Annual report of the Punjab Veterinary College and of the Civil Veterinary Department, Punjab - 1926-1932
Year: 1926
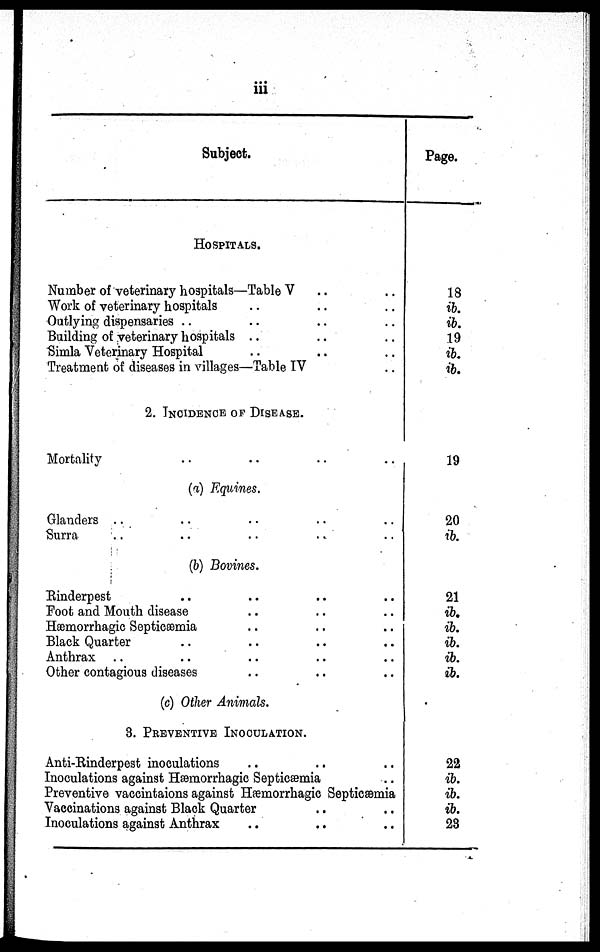
iii
Subject.
HOSPITALS.
Number of veterinary hospitals—Table V .. .. ..
Work of veterinary hospitals .. .. .. .. ..
Outlying dispensaries .. .. .. .. ..
Building of veterinary hospitals .. .. .. .. ..
Simla Veterinary Hospital .. .. .. .. ..
Treatment of diseases in villages—Table IV ..
2. INCIDENCE OF DISEASE.
Mortality .. .. ..
(a) Equines.
Glanders .. .. .. .. ..
Surra .. .. .. .. ..
(b) Bovines.
Rinderpest .. .. .. ..
Foot and Mouth disease
Hæmorrhagic Septicæmia .. .. .. ..
Black Quarter .. .. .. ..
Anthrax .. .. .. .. ..
Other contagious diseases .. .. .. .. ..
(c) Other Animals.
3. PREVENTIVE INOCULATION.
Anti-Rinderpest inoculations .. .. .. ..
Inoculations against Hæmorrhagic Septicæmia ..
Preventive vaccintaions against Hæmorrhagic Septicæmia
Vaccinations against Black Quarter .. .. ..
Inoculations against Anthrax .. .. .. ..
Page.
18
ib.
ib.
19
ib.
ib.
19
20
ib.
21
ib.
ib.
ib.
ib.
ib.
22
ib.
ib.
ib.
23